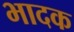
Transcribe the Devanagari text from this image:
भादक